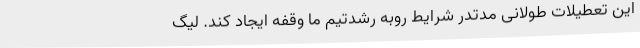
این تعطیلات طولانی مدتدر شرایط روبه‌ رشدتیم ما وقفه ایجاد کند. لیگ